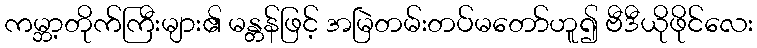
ကမ္ဘာ့တိုက်ကြီးများ၏ မန္တန်ဖြင့် အမြဲတမ်းတပ်မတော်ဟူ၍ ဗီဒီယိုဖိုင်လေး